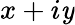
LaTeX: x+i\mathit{y}